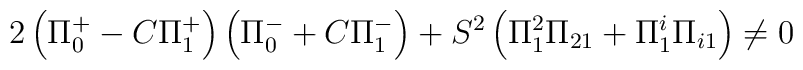
2\left( \Pi ^{+}_{0}-C\Pi ^{+}_{1}\right) \left( \Pi ^{-}_{0}+C\Pi ^{-}_{1}\right) +S^{2}\left( \Pi _{1}^{2}\Pi _{21}+\Pi _{1}^{i}\Pi _{i1}\right) \neq 0